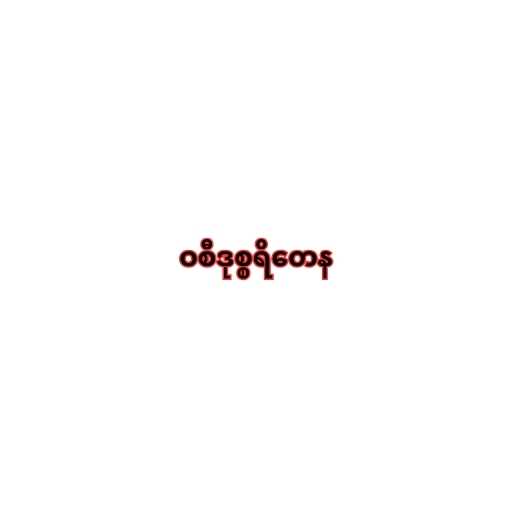
ဝစီဒုစ္စရိတေန